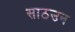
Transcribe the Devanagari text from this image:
साठउन